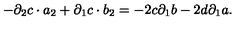
- { \partial } _ { 2 } c \cdot a _ { 2 } + { \partial } _ { 1 } c \cdot b _ { 2 } = - 2 c { \partial } _ { 1 } b - 2 d { \partial } _ { 1 } a .